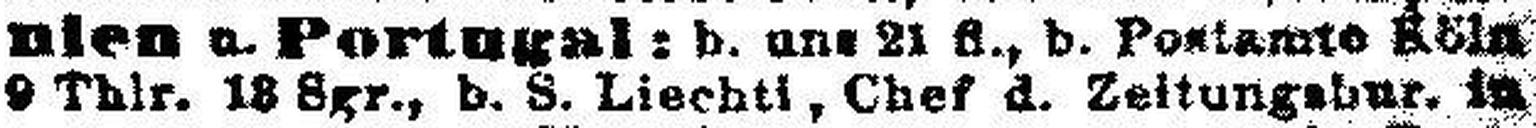
9 Thlr. 18 Sgr., b. S. Liechtl, Chef d. Zeitungsbur. in